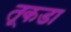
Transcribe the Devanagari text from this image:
तूकडा